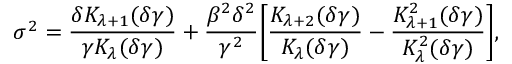
\sigma ^ { 2 } = \frac { \delta K _ { \lambda + 1 } ( \delta \gamma ) } { \gamma K _ { \lambda } ( \delta \gamma ) } + \frac { \beta ^ { 2 } \delta ^ { 2 } } { \gamma ^ { 2 } } \Bigg [ \frac { K _ { \lambda + 2 } ( \delta \gamma ) } { K _ { \lambda } ( \delta \gamma ) } - \frac { K _ { \lambda + 1 } ^ { 2 } ( \delta \gamma ) } { K _ { \lambda } ^ { 2 } ( \delta \gamma ) } \Bigg ] ,